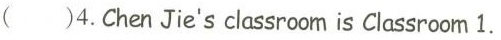
（）4.Chen Jjie's classroom is Classroom 1.